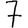
Digit: 7